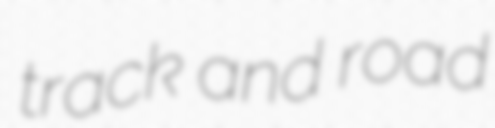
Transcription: track and road